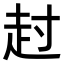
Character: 𧺘